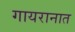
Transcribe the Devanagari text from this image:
गायरानात